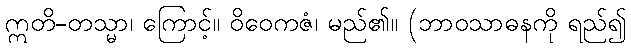
ဣတိ-တသ္မာ၊ ကြောင့်။ ဝိဝေကဇံ၊ မည်၏။ (ဘာဝသာဓနကို ရည်၍